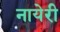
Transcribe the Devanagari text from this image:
नायेरी